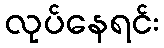
လုပ်နေရင်း